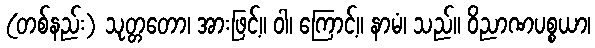
(တစ်နည်း) သုတ္တတော၊ အားဖြင့်။ ဝါ၊ ကြောင့်။ နာမံ၊ သည်။ ဝိညာဏပစ္စယာ၊